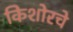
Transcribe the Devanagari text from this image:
किशोरचे